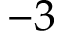
- 3